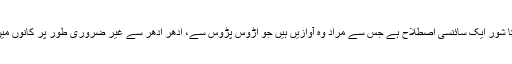
پس منظر کا شور ایک سائنسی اصطلاح ہے جس سے مراد وہ آوازیں ہیں جو اڑوس پڑوس سے، اِدھر ادھر سے غیر ضروری طور پر کانوں میں پڑتی ہیں۔